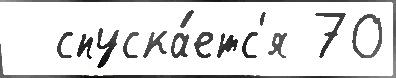
  спуска́етс'я 70